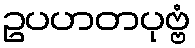
ဥပဟတပုဗ္ဗံ